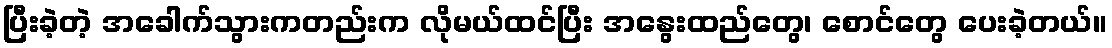
ပြီးခဲ့တဲ့ အခေါက်သွားကတည်းက လိုမယ်ထင်ပြီး အနွေးထည်တွေ၊ စောင်တွေ ပေးခဲ့တယ်။